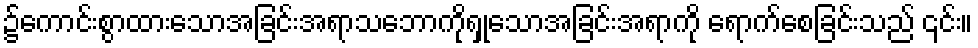
၌ကောင်းစွာထားသောအခြင်းအရာသဘောကိုရှုသောအခြင်းအရာကို ရောက်စေခြင်းသည် ၎င်း။